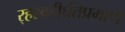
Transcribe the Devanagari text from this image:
र्‍हस्वदीर्घतेप्रमाणे